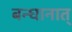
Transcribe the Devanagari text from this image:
बन्धानात्